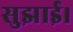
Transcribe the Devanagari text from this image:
सुझाई।